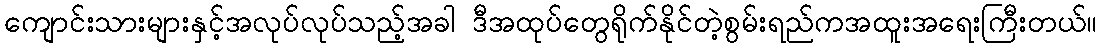
ကျောင်းသားများနှင့်အလုပ်လုပ်သည့်အခါ ဒီအထုပ်တွေရိုက်နိုင်တဲ့စွမ်းရည်ကအထူးအရေးကြီးတယ်။